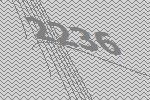
2236